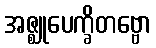
အဇ္ဈုပေက္ခိတဗ္ဗော